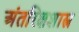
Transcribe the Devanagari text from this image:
अंतरिक्षशास्त्र